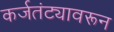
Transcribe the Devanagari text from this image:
कर्जतंट्यावरून